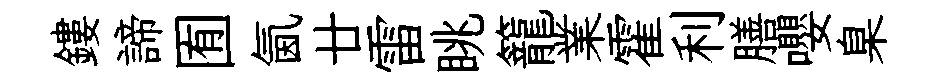
鏤諦囿氤廿雷眺籠業霍利膳嚶臬